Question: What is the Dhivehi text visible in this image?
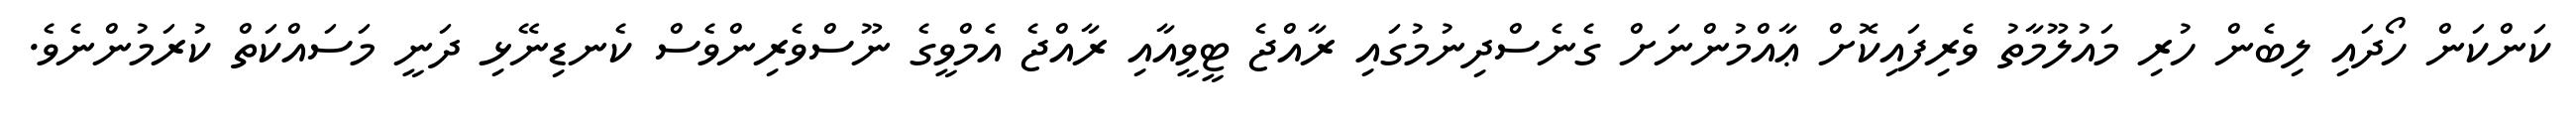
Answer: ކަންކަން ހޯދައި ލިބެން ހުރި މައުލޫމާތު ވެރިފައިކޮށް ޢާއްމުންނަށް ގެނެސްދިނުމުގައި ރާއްޖެ ޓީވީއާއި ރާއްޖެ އެމްވީގެ ނޫސްވެރިންވެސް ކެނޑިނޭޅި ދަނީ މަސައްކަތް ކުރަމުންނެވެ.